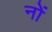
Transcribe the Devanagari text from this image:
नों